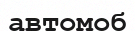
автомоб